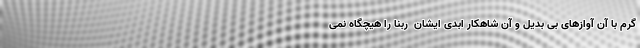
گرم با آن آوازهای بی بدیل و آن شاهکار ابدی ایشان  ربنا را هیچگاه نمی